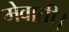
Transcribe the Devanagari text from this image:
मेवाती।